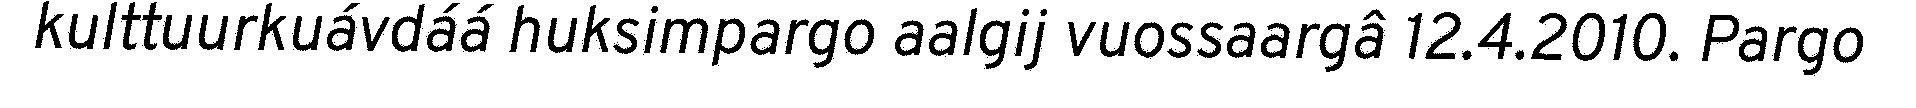
kulttuurkuávdáá huksimpargo aalgij vuossaargâ 12.4.2010. Pargo